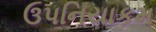
ઉપનિયાકમ